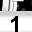
Digit: 1